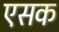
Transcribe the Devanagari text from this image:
एसक